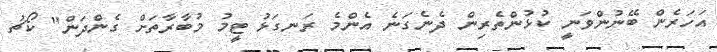
އަހަރެން ބޭނުންވަނީ ކުޅުންތެރިން ދެނެގަނެ އެންމެ ރަނގަޅު ޓީމު މުބާރާތަށް ގެންދަން" ކޯޗު